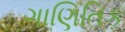
ગાણિતિક